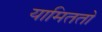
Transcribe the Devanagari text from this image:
यामिततो